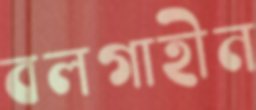
বলগাহীন